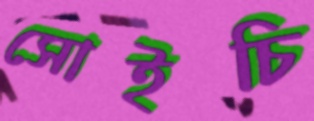
সোইচি